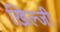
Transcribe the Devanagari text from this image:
ख़िल्जी